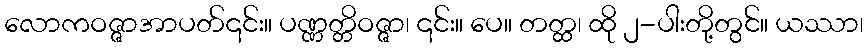
လောကဝဇ္ဇာအာပတ်၎င်း။ ပဏ္ဏတ္တိဝဇ္ဇာ၊ ၎င်း။ ပေ။ တတ္ထ၊ ထို ၂-ပါးတို့တွင်။ ယဿာ၊